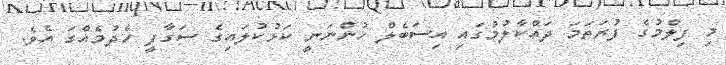
މި ފިލްމުގެ ފުރަތަމަ ދައްކާލުމުގައި އިސަބެލް ހުންނަނީ ކަޅުކުލައިގެ ސަގާފީ ހެދުމެއްގަ އެވެ.